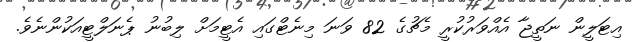
އިޓަލީން ނަތީޖާ އެއްވަރުކުރީ މެޗުގެ 82 ވަނަ މިނެޓްގައި އެޓީމަށް ލިބުނު ޕެނަލްޓީއަކުންނެވެ.